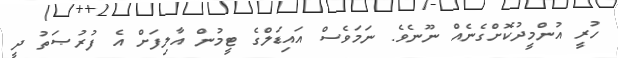
ހުރީ އުންމީދުކޮށްގެނެއް ނޫނެވެ. ނަމަވެސް އައިޑަލްގެ ޓީމުން އާލިފަށް އެ ފުރުޞަތު ދީ